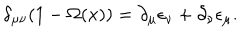
\delta _ { \mu \nu } ( 1 - \Omega ( x ) ) = \partial _ { \mu } \epsilon _ { \nu } + \partial _ { \nu } \epsilon _ { \mu } .